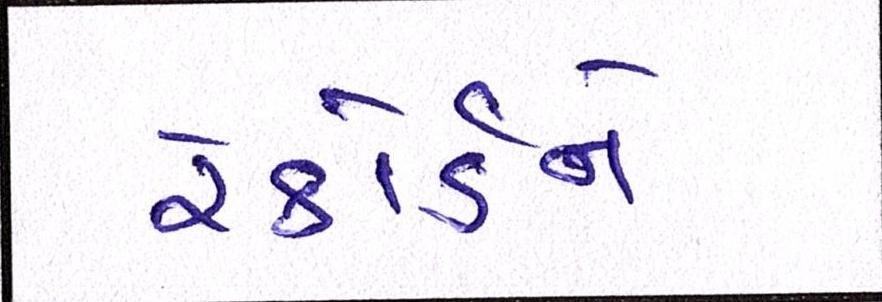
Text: રેકોર્ડને